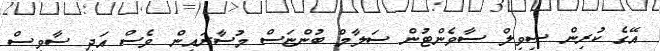
އޭގެ ކުރިން ސިވިލް ސާވެންޓުން ސަލާމް ބުންޏަސް މުސާރައިން ވެސް އަދި ސާވިސް